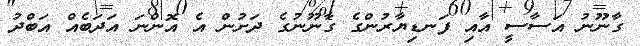
ގާނޫނު އަސާސީ އާއި ފަނޑިޔާރުންގެ ގާނޫނުގެ ދަށުން އެ އޮންނަ އަދަބެއް އަބްދު